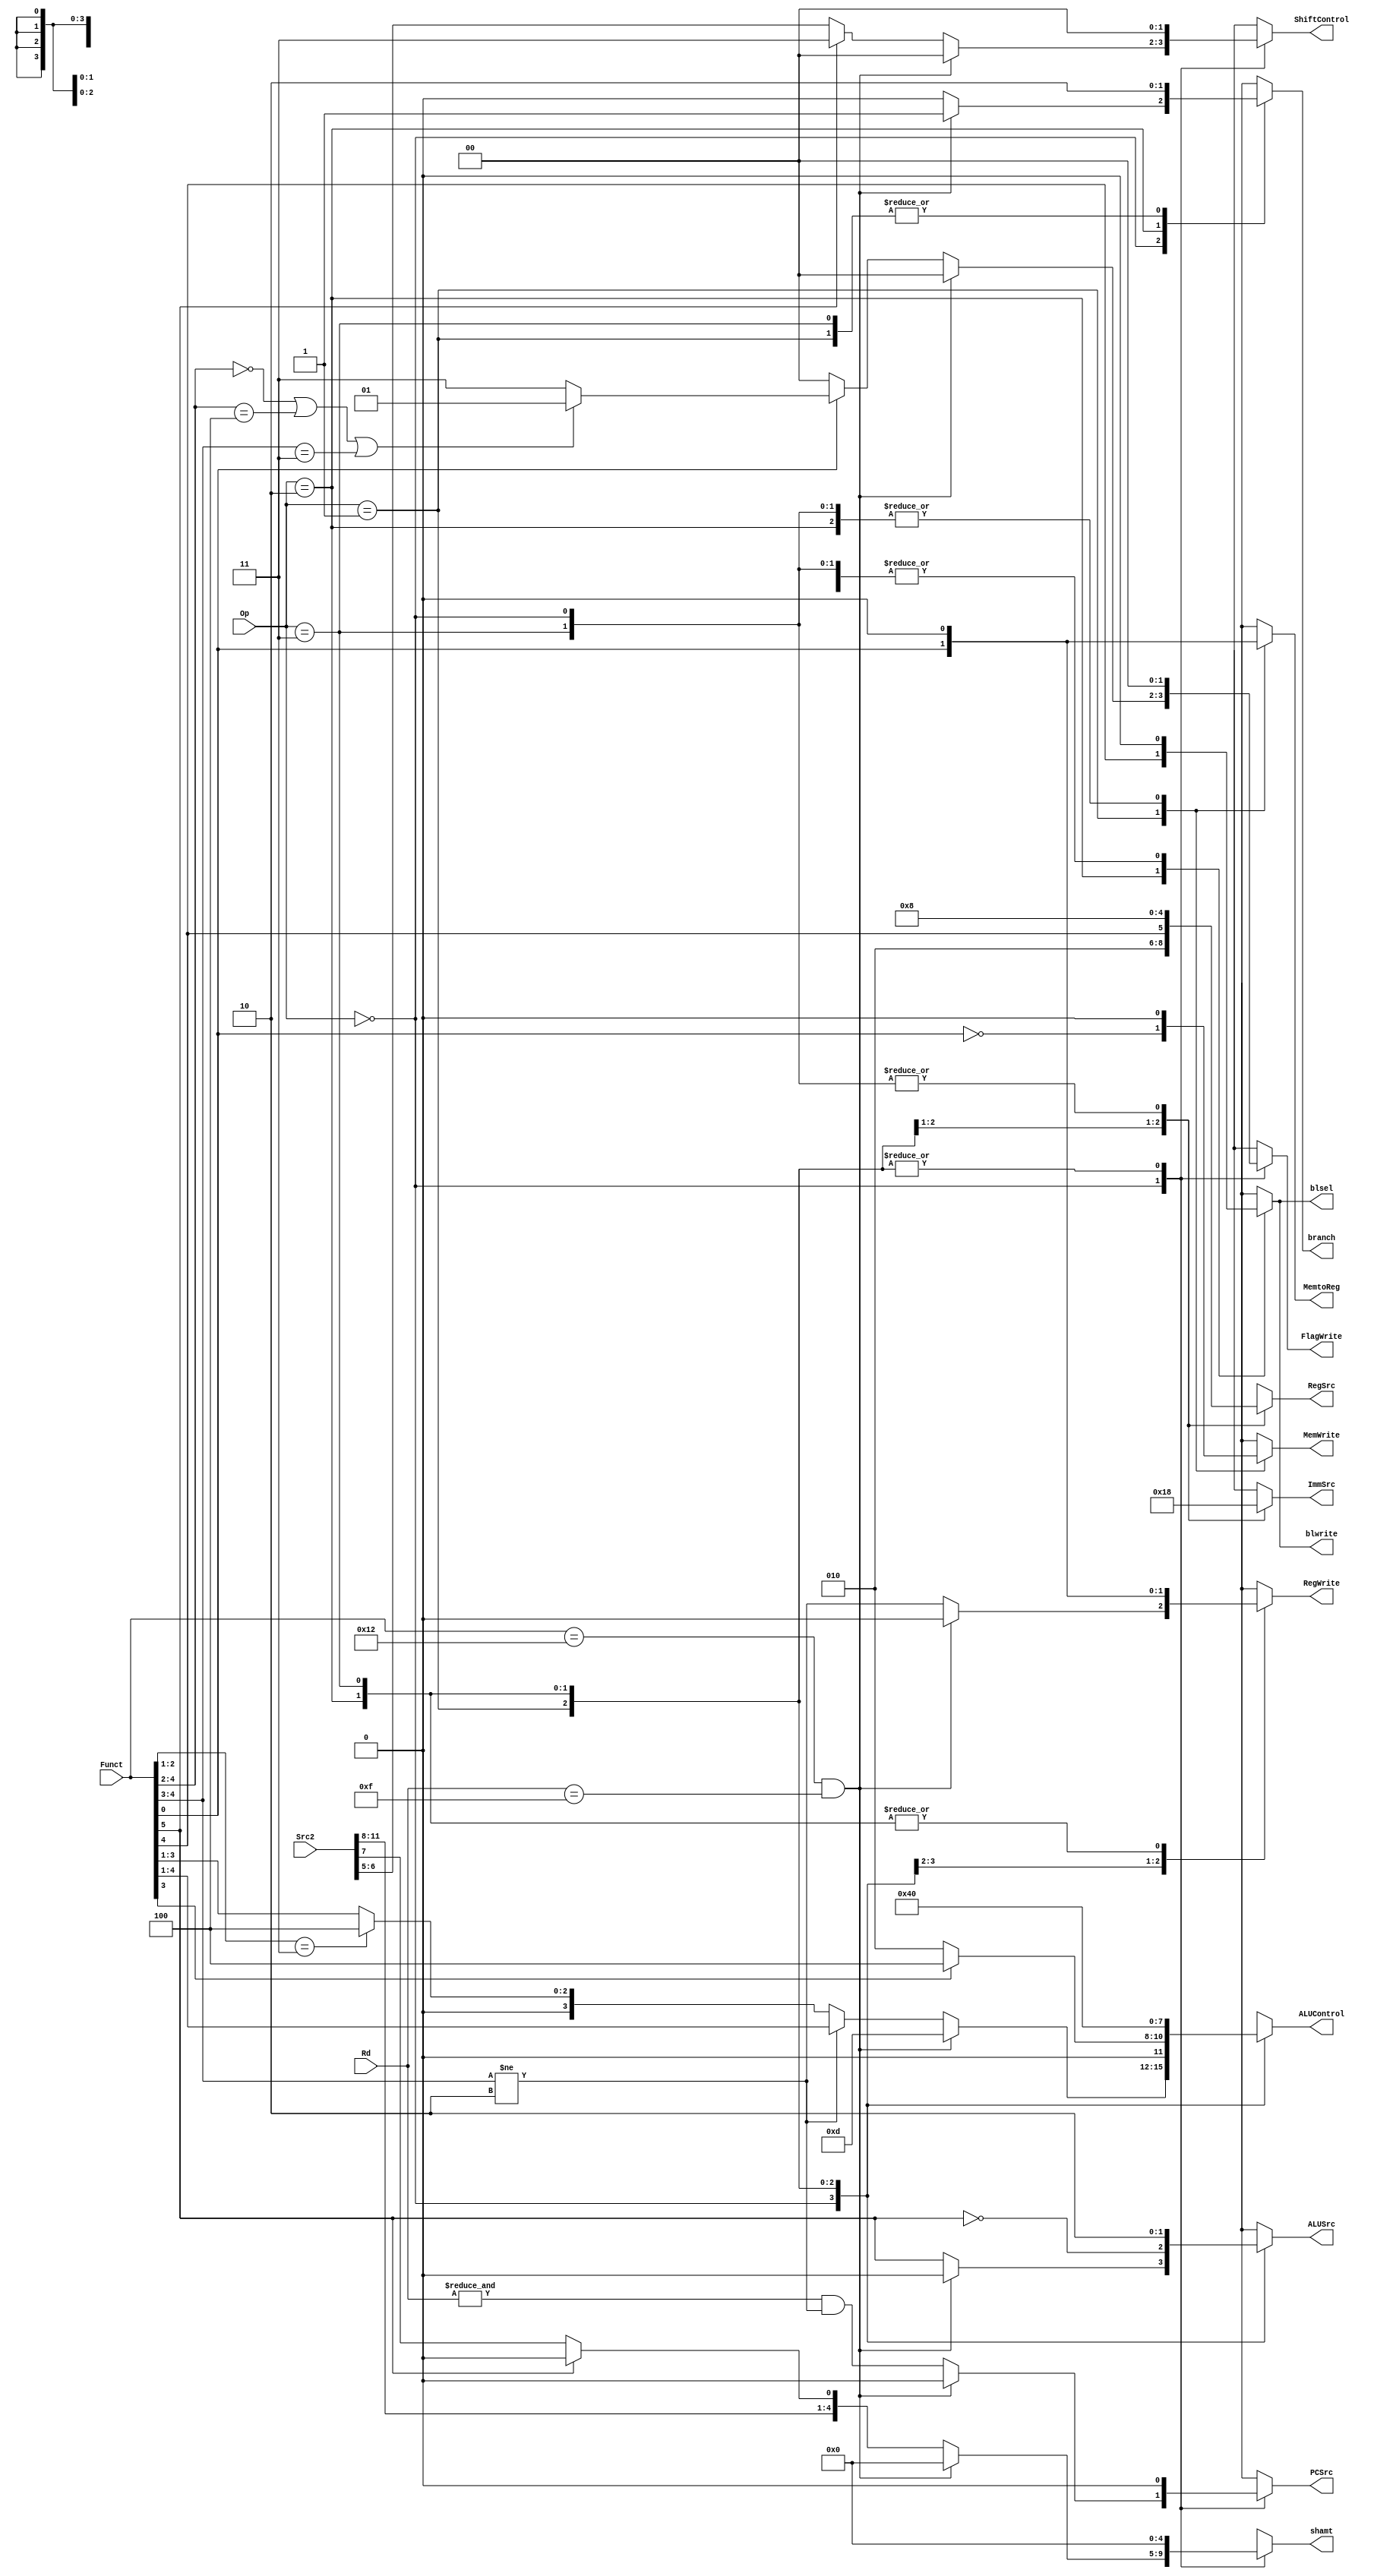
// This file implements a control unit that is to be used in the controller of a pipelined
// cpu. However, it can be used with a single-cycle controller given that the appropriate
// Conditionan Logic Unit is used.

module Control_unit(
	input [1:0] Op,
	input [5:0] Funct,
	input [3:0] Rd,
	input [11:0] Src2,
	
	output reg PCSrc, RegWrite, MemWrite, ALUSrc, MemtoReg,
	output reg [3:0] ALUControl,
	output reg [1:0] FlagWrite, ImmSrc,
	output reg [2:0] RegSrc,
	output reg blsel,
	output reg [1:0] ShiftControl,
	output reg [4:0] shamt,
	output reg branch, blwrite
);

// Main Decoder
always @(*) case (Op)
	2'b00: begin
		if (Funct == 6'b010010 && Rd == 4'b1111) begin
			// Bx Operation
			PCSrc	   = 1'b0;
			RegWrite   = 1'b0;
			MemWrite   = 1'b0;
			ALUSrc     = 1'b0;
			ALUControl = 4'b1101;
			FlagWrite  = 2'b00;
			RegSrc     = 3'b000;
			ImmSrc     = 2'b00;
			MemtoReg  = 1'b0;
			ShiftControl = 2'b00;
			shamt        = 5'b00000;
			branch  = 1'b1;
			blsel		= 1'b0;
			blwrite =  1'b0;
		end
		else begin
			// Data-Processing Operations
			RegWrite   = (Funct[4:3] != 2'b10); // Excluding Test operations
			MemWrite   = 1'b0;
			ALUSrc     = Funct[5]; // Immediate
			PCSrc	   = (&Rd) & RegWrite;
			blsel		= 1'b0;
			blwrite =  1'b0;
			
			if (RegWrite) // Reuse the already checked value
				// Ordinary Operations, ALU is designed specifically for this
				ALUControl = Funct[4:1];
			else if (Funct[2:1] == 2'b11)
				// CMN has different mapping
				ALUControl = 4'b0100;
			else
				// Remaining test operations
				ALUControl = {1'b0, Funct[3:1]};
				
			if (Funct[0] == 1'b1)
				// FlagWrite is 2'b01 for (AND, EOR), (TST, TEQ), (ORR, MOV, BIC, MVN)
				FlagWrite = (Funct[4:2] == 3'b000 || Funct[4:2] == 3'b100 || Funct[4:3] == 2'b11) ? 2'b01 : 2'b11;
			else
				FlagWrite = 2'b00;
				
			RegSrc     = 3'b000;
			ImmSrc     = 2'b00;
			MemtoReg  = 1'b0;
			branch  = 1'b0;
			
			if (Funct[5]) begin
				ShiftControl = 2'b11;
				shamt = {Src2[11:8], 1'b0};
			end else begin
				ShiftControl = Src2[6:5];
				shamt = Src2[11:7];
			end
		end
	end
	2'b01: begin
		// Memory Operations
		PCSrc	   = 1'b0;
		RegWrite   = Funct[0]; // L
		MemWrite   = ~Funct[0]; // ~L
		ALUSrc     = ~Funct[5]; // ~I
		ALUControl = Funct[3] ? 4'b0100 : 4'b0010; // U ? Addition : Subtraction
		FlagWrite  = 2'b00;
		RegSrc     = 3'b010; // For STR
		ImmSrc     = 2'b01; // 12-bit
		MemtoReg  = Funct[0]; // L
		ShiftControl = 2'b00;
		shamt        = 5'b00000;
		branch  = 1'b0;
		blsel		= 1'b0;
		blwrite =  1'b0;
	end
	2'b10: begin
		// Branch Operations
		PCSrc	   = 1'b0;
		blwrite =  Funct[4];
		RegWrite   = 1'b0;//Funct[4]; // L
		MemWrite   = 1'b0;
		ALUSrc     = 1'b1;
		ALUControl = 4'b0100;
		FlagWrite  = 2'b00;
		RegSrc     = {Funct[4], 2'b01};
		ImmSrc     = 2'b10;
		MemtoReg  =  1'b0;
		ShiftControl = 2'b00;
		shamt        = 5'b00000;
		branch  = 1'b1;
		blsel		= Funct[4];
	end
	2'b11: begin
		// Unreachable, default case
		PCSrc	   = 1'b0;
		RegWrite   = 1'b0;
		MemWrite   = 1'b0;
		ALUSrc     = 1'b0;
		ALUControl = 4'b0000;
		FlagWrite  = 2'b00;
		RegSrc     = 3'b000;
		ImmSrc     = 2'b00;
		MemtoReg  = 1'b0;
		ShiftControl = 2'b00;
		shamt        = 5'b00000;
		branch  = 1'b0;
		blsel		= 1'b0;
		blwrite =  1'b0;
	end
endcase

endmodule